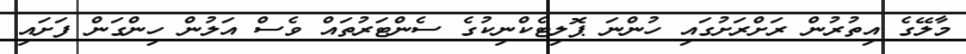
މާލޭގެ އިތުރުން ރަށްރަށުގައި ހުންނަ ޕޮލިޓެކްނިކުގެ ސެންޓަރުތައް ވެސް އަލުން ހިންގަން ފަށައި